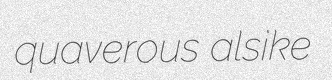
quaverous alsike